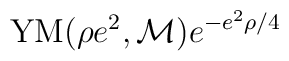
{\rm YM}(\rho e^2,{\cal M}) e^{-e^2\rho/4}